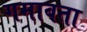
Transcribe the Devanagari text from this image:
गमावता